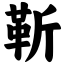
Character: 靳